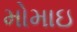
મોમાઇ